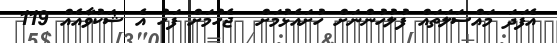
އެފަދަ މައްސަލަތައް ފުލުހުންނަށް ހުށައެޅުމަށް  ޖެހުމަށް ފަހު އެ ޝަކުވާއެއް 119